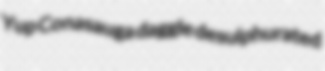
Yup Conasauga daggle desulphurated